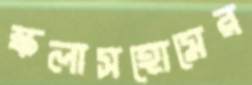
স্কলাসহোমের